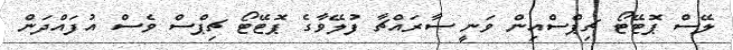
ލޭސް ޕޮޓޭޓޯ ޗިޕްސްއިން ވަނީ ސާރައްޗާ ފުލޭވާގެ ޕޮޓޭޓޯ ޗިޕްސް ވެސް އުފައްދަން